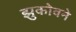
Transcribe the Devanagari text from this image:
झुकोवने